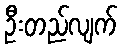
ဦးတည်လျက်